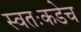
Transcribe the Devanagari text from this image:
स्वतःकडेच